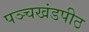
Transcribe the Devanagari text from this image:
पञ्चखंडपीठ